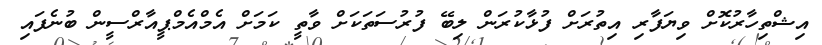
އިޝްތިހާރުކޮށް ވިޔަފާރި އިތުރަށް ފުޅާކުރަން ލިބޭ ފުރުސަތަކަށް ވާތީ ކަމަށް އެމްއެމްޕީއާރްސީން ބުނެފައި